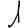
Digit: 1